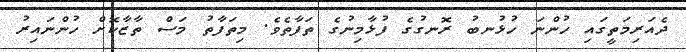
ދެއަރިމަތީގައި ހުންނަ ހުޅުނބު ރޮނގުގެ ފުޅާމިނުގެ ތަފާތެވެ. މިތަފާތު މަސް ތާޒާކޮށް ހުންނައިރު